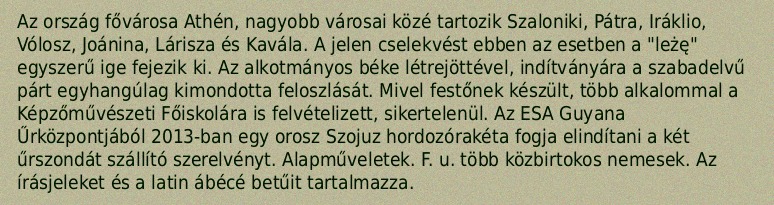
Az ország fővárosa Athén, nagyobb városai közé tartozik Szaloniki, Pátra, Iráklio, Vólosz, Joánina, Lárisza és Kavála. A jelen cselekvést ebben az esetben a "leżę" egyszerű ige fejezik ki. Az alkotmányos béke létrejöttével, indítványára a szabadelvű párt egyhangúlag kimondotta feloszlását. Mivel festőnek készült, több alkalommal a Képzőművészeti Főiskolára is felvételizett, sikertelenül. Az ESA Guyana Űrközpontjából 2013-ban egy orosz Szojuz hordozórakéta fogja elindítani a két űrszondát szállító szerelvényt. Alapműveletek. F. u. több közbirtokos nemesek. Az írásjeleket és a latin ábécé betűit tartalmazza.